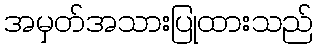
အမှတ်အသားပြုထားသည်